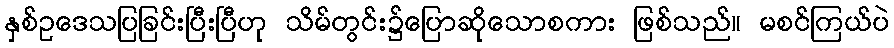
နှစ်ဥဒေသပြခြင်းပြီးပြီဟု သိမ်တွင်း၌ပြောဆိုသောစကား ဖြစ်သည်။ မစင်ကြယ်ပဲ